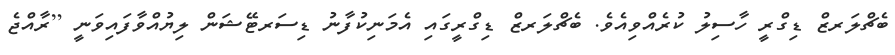
ބެޗްލަރޒް ޑިގްރީ ހާސިލު ކުރެއްވިއެވެ. ބެޗްލަރޒް ޑިގްރީގައި އެމަނިކުފާނު ޑިސަރޓޭޝަން ލިޔުއްވާފައިވަނީ [ރާއްޖެ